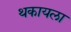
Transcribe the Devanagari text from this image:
थकायला